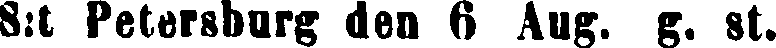
S:t Petersburg den 6 Avg. g. st.